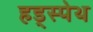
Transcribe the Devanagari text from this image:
हड्स्पेथ